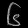
Digit: ၆